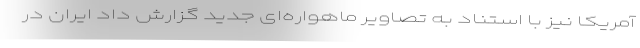
آمریکا نیز با استناد به تصاویر ماهواره‌ای جدید گزارش داد ایران در